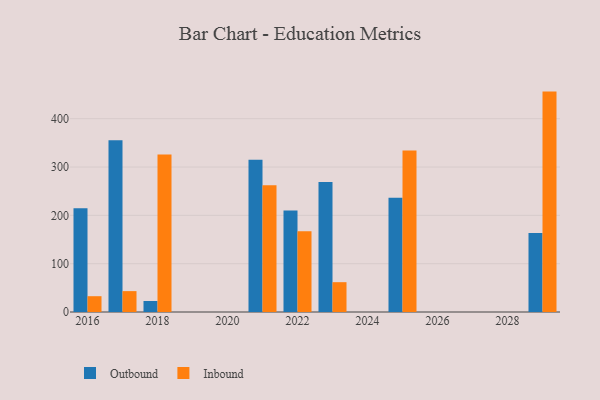
{"axis": {"x": "Year", "y": "Operating Costs (USD K)"}, "legend": ["Inbound", "Outbound"], "data": [{"x": "2016", "y": 214.8, "type": "Outbound"}, {"x": "2016", "y": 32.7, "type": "Inbound"}, {"x": "2022", "y": 209.8, "type": "Outbound"}, {"x": "2022", "y": 167.1, "type": "Inbound"}, {"x": "2017", "y": 355.2, "type": "Outbound"}, {"x": "2017", "y": 43.2, "type": "Inbound"}, {"x": "2029", "y": 163.7, "type": "Outbound"}, {"x": "2029", "y": 456.1, "type": "Inbound"}, {"x": "2021", "y": 315.0, "type": "Outbound"}, {"x": "2021", "y": 262.5, "type": "Inbound"}, {"x": "2018", "y": 22.8, "type": "Outbound"}, {"x": "2018", "y": 326.0, "type": "Inbound"}, {"x": "2025", "y": 236.2, "type": "Outbound"}, {"x": "2025", "y": 334.4, "type": "Inbound"}, {"x": "2023", "y": 268.9, "type": "Outbound"}, {"x": "2023", "y": 61.7, "type": "Inbound"}]}